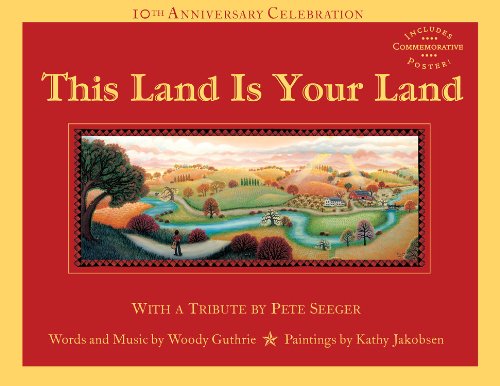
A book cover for This Land Is Your Land; Woody Guthrie; Children's Books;